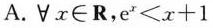
A.\forall x\in R，$$e ^ { x } < x + 1$$